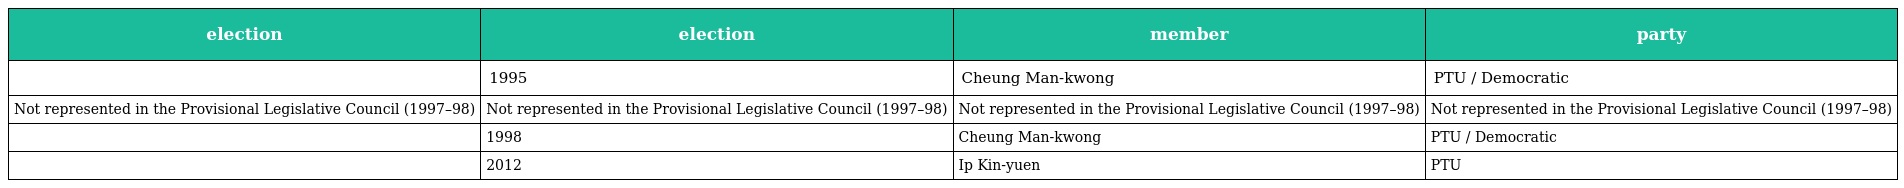
| election | election | member | party |
 | --- | --- | --- | --- |
 |  | 1995 | Cheung Man-kwong | PTU / Democratic |
 | Not represented in the Provisional Legislative Council (1997–98) | Not represented in the Provisional Legislative Council (1997–98) | Not represented in the Provisional Legislative Council (1997–98) | Not represented in the Provisional Legislative Council (1997–98) |
 |  | 1998 | Cheung Man-kwong | PTU / Democratic |
 |  | 2012 | Ip Kin-yuen | PTU |